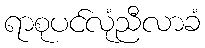
ရာစုပင်လုံညီလာခံ